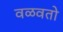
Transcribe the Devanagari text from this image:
वळवतो